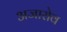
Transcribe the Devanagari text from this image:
अजारोव